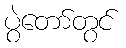
ပွဲတော်တွင်